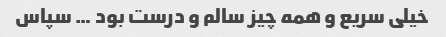
خیلی سریع و همه چیز سالم و درست بود … سپاس